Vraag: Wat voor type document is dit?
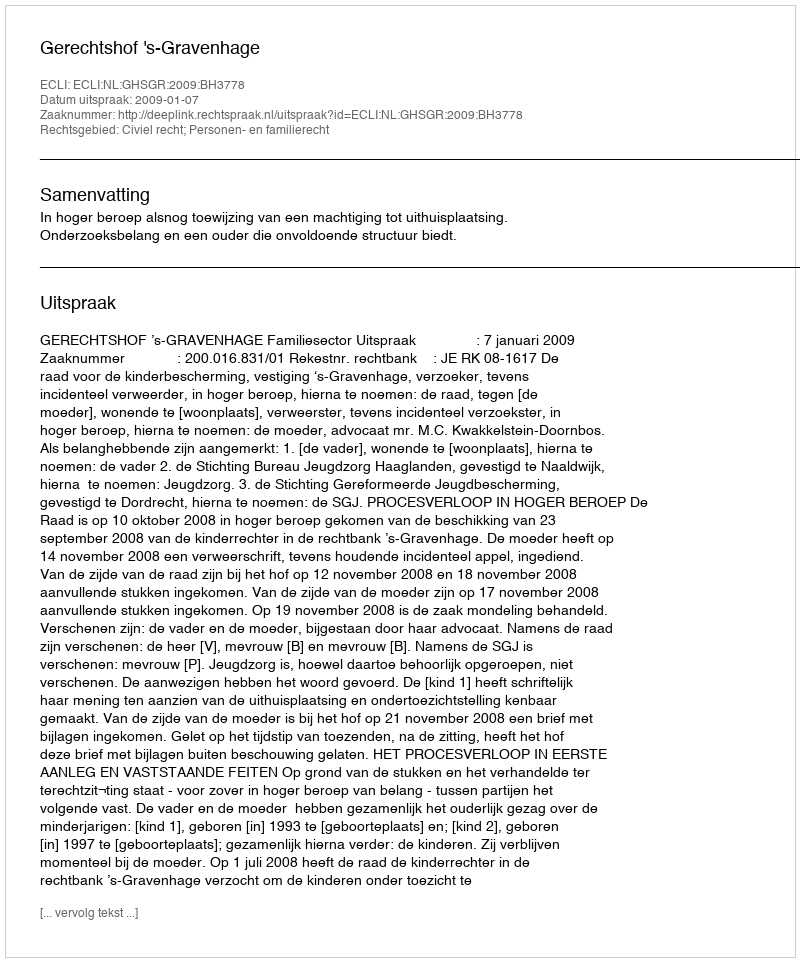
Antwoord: Uitspraak